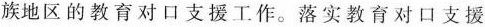
族地区的教育对口支援工作。落实教育对口支援